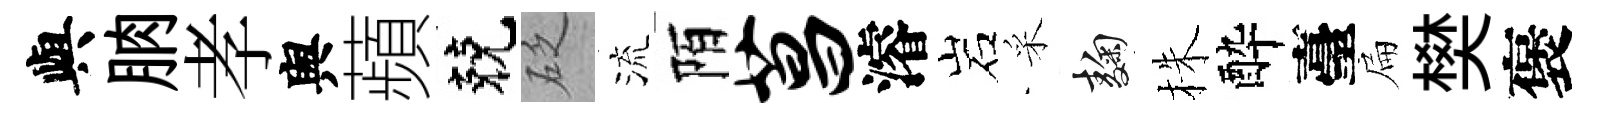
與朒孝舆蘋兢砭流陌菖濬岩采麹株酔臺扁樊褒